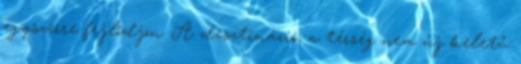
egyszerre fejlődjön. A desztináció, a térség nem új keletű